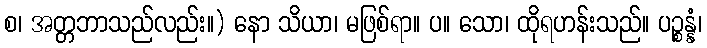
စ၊ အတ္တဘာသည်လည်း။) နော သိယာ၊ မဖြစ်ရာ။ ပ။ သော၊ ထိုရဟန်းသည်။ ပဉ္စန္နံ၊